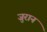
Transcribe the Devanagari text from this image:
जुरान